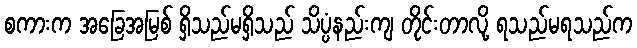
စကားက အခြေအမြစ် ရှိသည်မရှိသည် သိပ္ပံနည်းကျ တိုင်းတာလို့ ရသည်မရသည်က